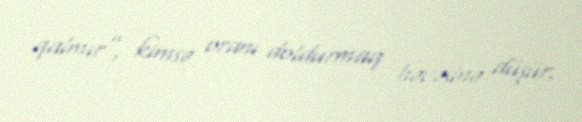
qalmır”, kimsə oranı doldurmaq həvəsinə düşür.